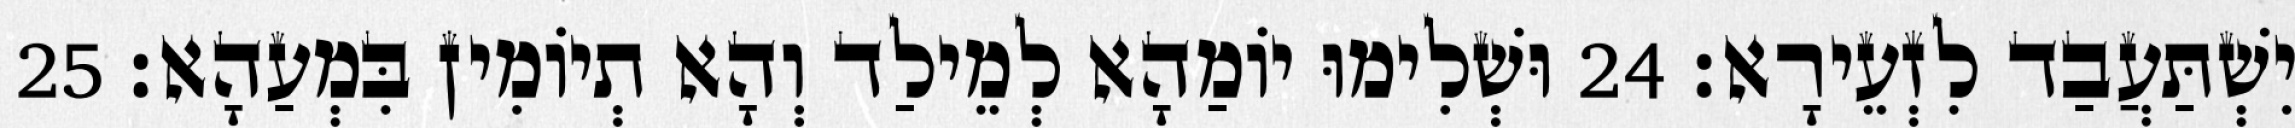
יִשְׁתַּעֲבַד לִזְעֵירָא׃ 24 וּשְׁלִימוּ יוֹמַהָא לְמֵילַד וְהָא תְיוֹמִין בִּמְעַהָא׃ 25